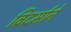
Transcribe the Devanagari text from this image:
विदर्भाने